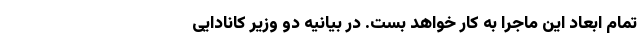
تمام ابعاد این ماجرا به کار خواهد بست. در بیانیه دو وزیر کانادایی